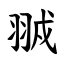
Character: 䎉